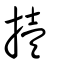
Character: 撎